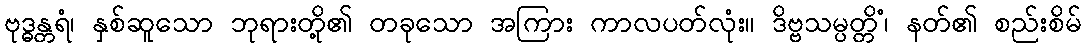
ဗုဒ္ဓန္တရံ၊ နှစ်ဆူသော ဘုရားတို့၏ တခုသော အကြား ကာလပတ်လုံး။ ဒိဗ္ဗသမ္ပတ္တိံ၊ နတ်၏ စည်းစိမ်